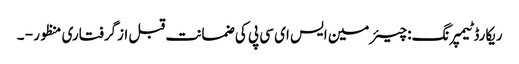
ریکارڈ ٹیمپرنگ: چیئرمین ایس ای سی پی کی ضمانت قبل ازگرفتاری منظور - ۔